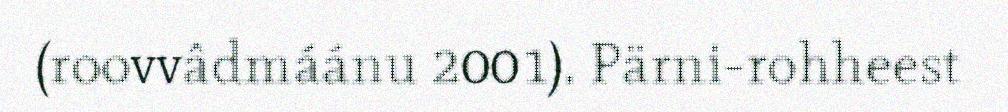
(roovvâdmáánu 2001). Pärni-rohheest